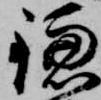
鎌